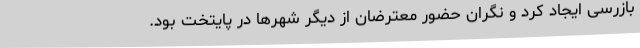
بازرسی ایجاد کرد و نگران حضور معترضان از دیگر شهرها در پایتخت بود.